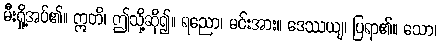
မီးရှို့အပ်၏။ ဣတိ၊ ဤသို့ဆို၍။ ရညော၊ မင်းအား။ ဒေဿယျ၊ ပြရာ၏။ သော၊